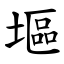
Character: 塸